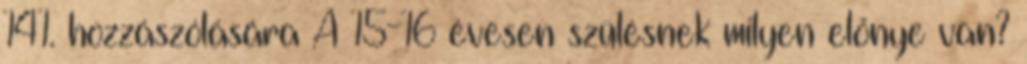
141. hozzászólására A 15-16 évesen szülésnek milyen előnye van?